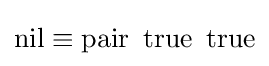
\operatorname {nil} \equiv \operatorname {pair} \ \operatorname {true} \ \operatorname {true}